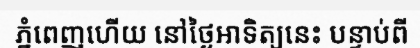
ភ្នំពេញហើយ នៅថ្ងៃអាទិត្យនេះ បន្ទាប់ពី